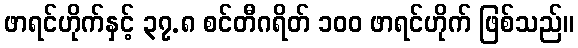
ဖာရင်ဟိုက်နှင့် ၃၇.၈ စင်တီဂရိတ် ၁၀၀ ဖာရင်ဟိုက် ဖြစ်သည်။